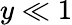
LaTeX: {y\ll 1}